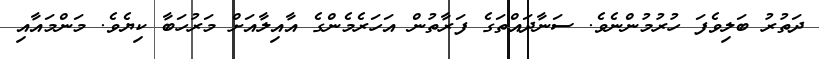
ދަތުރު ބަލިވެފަ ހުރުމުންނެވެ. ސަނާދައްތަގެ ފަރާތުން އަހަރެމެންގެ އާއިލާއަށް މަރުހަބާ ކިޔެވެ. މަންމައާއި